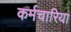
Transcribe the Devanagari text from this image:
कर्मचारिया